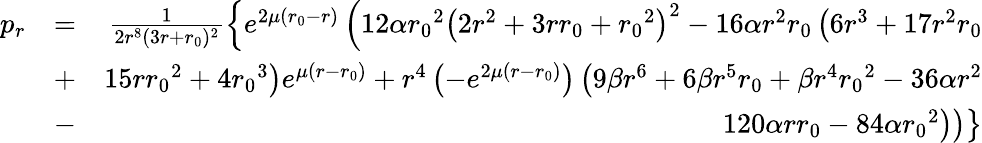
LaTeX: \begin{array}{rlr}{p_{r}}&{=}&{\frac{1}{2r^{8}(3r+{r_{0}})^{2}}\left\lbrace e^{2\mu({r_{0}}-r)}\left(12\alpha{r_{0}}^{2}\left(2r^{2}+3r{r_{0}}+{r_{0}}^{2}\right)^{2}-16\alpha r^{2}{r_{0}}\left(6r^{3}+17r^{2}{r_{0}}\right.\right.\right.}\\ &{+}&{\left.\left.\left.15r{r_{0}}^{2}+4{r_{0}}^{3}\right)e^{\mu(r-{r_{0}})}+r^{4}\left(-e^{2\mu(r-{r_{0}})}\right)\left(9\beta r^{6}+6\beta r^{5}{r_{0}}+\beta r^{4}{r_{0}}^{2}-36\alpha r^{2}\right.\right.\right.}\\ &{-}&{\left.\left.\left.120\alpha r{r_{0}}-84\alpha{r_{0}}^{2}\right)\right)\right\rbrace}\end{array}